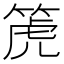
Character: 箎